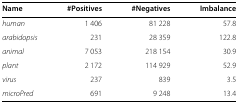
<table><thead><tr><td><b>Name</b></td><td><b>#Positives</b></td><td><b>#Negatives</b></td><td><b>Imbalance</b></td></tr></thead><tbody><tr><td><i>human</i></td><td>1 406</td><td>81 228</td><td>57.8</td></tr><tr><td><i>arabidopsis</i></td><td>231</td><td>28 359</td><td>122.8</td></tr><tr><td><i>animal</i></td><td>7 053</td><td>218 154</td><td>30.9</td></tr><tr><td><i>plant</i></td><td>2 172</td><td>114 929</td><td>52.9</td></tr><tr><td><i>virus</i></td><td>237</td><td>839</td><td>3.5</td></tr><tr><td><i>microPred</i></td><td>691</td><td>9 248</td><td>13.4</td></tr></tbody></table>